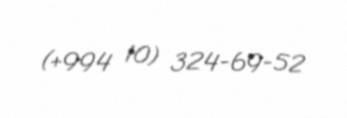
(+994 10) 324-69-52